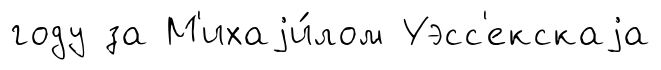
году за М'ихаjи́лом Уэсс'екскаjа